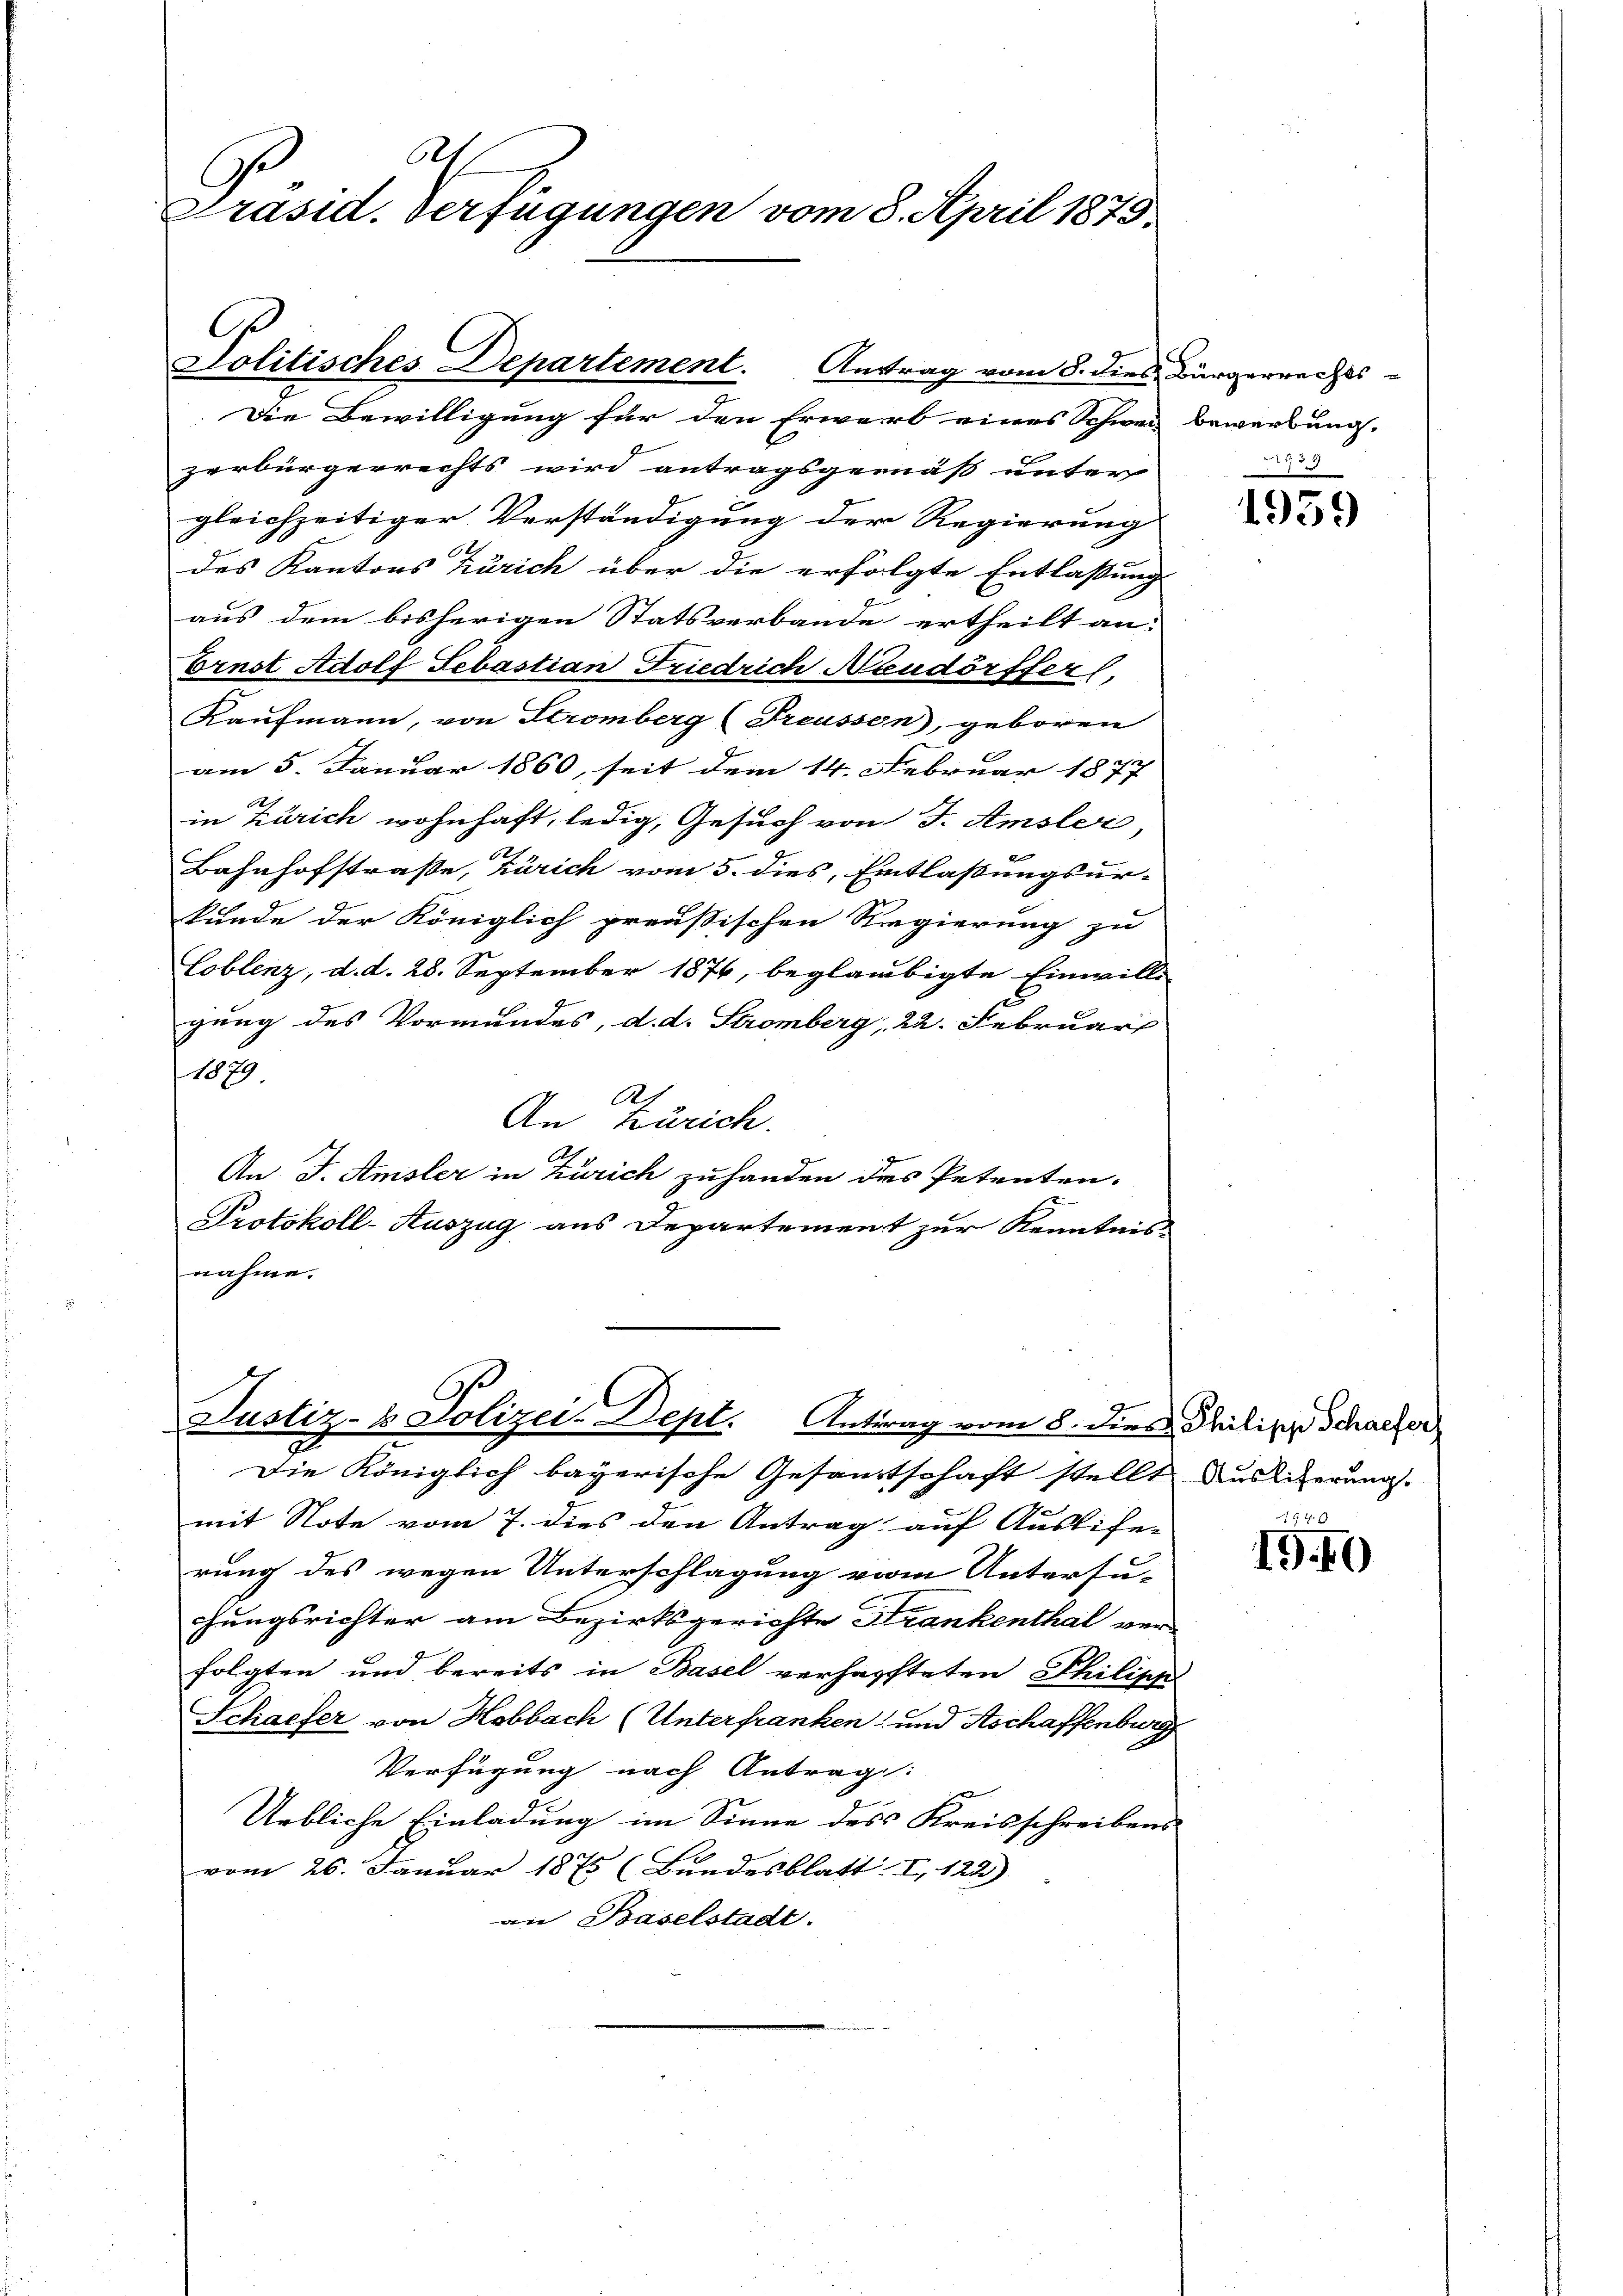
bet
Präsid. Verfügungen vom 8. April 1873.

Politisches Departement. Antrag vom 8. dies Bürgerrechts

.Die Bewilligung für den Erwarb eines Schweiz bewerbung.
zerbürgerrechts wird antragsgemäß unter |
gleichzeitiger Verständigung der Regierung
des Kantons Zürich über die erfolgte Entlassung
aus dem bisherigen Statsverbande ertheilt an.
Ernst Adolf Sebastian Friedrich Neudorffers,
Kaufmann, von Stromberg (Treussen), geboren
am 5. Januar 1860, seit dem 14. Februar 1877
in Zürich wohnhaft, ledig, Gesuch von J. Amsler,
2
Bahnhofstraße, Zürich vom 5. dies, Entlaßungsurkunde der Königlich preußischen Regierung zu
Coblenz, d. d. 28. September 1876, beglaubigte Einwilli
gung des Vormundes, d. d. Stromberg, 22. Februar
1879.
A
An Zürich.
An J. Amsler in Zürich zuhanden des Petenten.
Protokoll-Auszug aus Departement zur Kenntnis-
nahme.

9.
Justiz- & Polizei-Dept. Antrag vom 8. dies Philipp Scharfer

Die Königlich bayerische Gesandtschaft stellt Auslieferung.
mit Note vom 7. dies den Antrag auf Auslie-
rung des wegen Unterschlagung vom Untersu-
hungsrichter am Bezirksgerichte Frankenthal ver-
folgten und bereits in Basel verhafteten Philipp
Schaffer von Hobbach (Unterfranken, und Aschaffenburg
Verfügung nach Antrag:
Urbliche Einladung im Sinne des Kreisschreibens
vom 26. Januar 1875 (Bundesblatt. I, 122)
an Baselstadt.

1953
1959

44 x
19.40